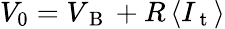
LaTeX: V_{0}=V_{\mathrm{~B~}}+R\, \langle I_{\mathrm{~t~}}\rangle